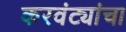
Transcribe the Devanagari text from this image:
करवंट्यांचा